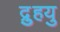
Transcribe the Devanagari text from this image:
द्रुुहयु